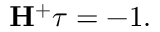
\mathbf { H ^ { + } } \tau = - 1 .